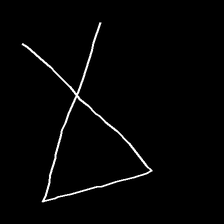
Glyph: collection